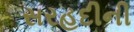
સરહદીની